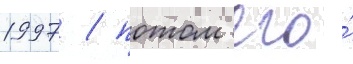
1997 / потом его́